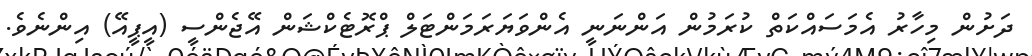
ދަށުން މިހާރު އެމަސައްކަތް ކުރަމުން އަންނަނީ އެންވަޔަރަމަންޓަލް ޕްރޮޓެކްޝަން އޭޖެންސީ (އީޕީއޭ) އިންނެވެ.